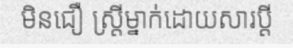
មិនជឿ ស្ត្រីម្នាក់ដោយសារប្តី